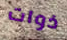
ذوات